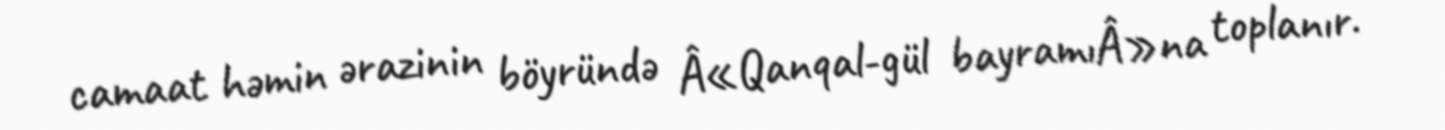
camaat həmin ərazinin böyründə Â«Qanqal-gül bayramıÂ»na toplanır.